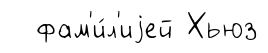
фам'и́л'иjей Хьюз